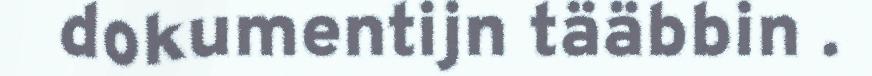
dokumentijn tääbbin .